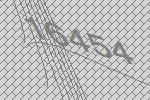
16454